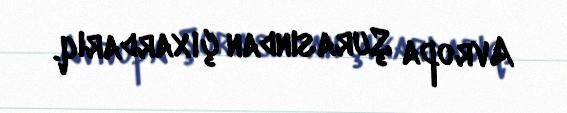
Avropa Şurasından çıxardarıq.